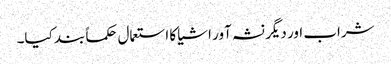
شراب اور دیگر نشہ آور اشیا کا استعمال حکماً بند کیا۔